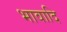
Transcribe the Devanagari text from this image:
भावादि